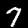
Digit: 7